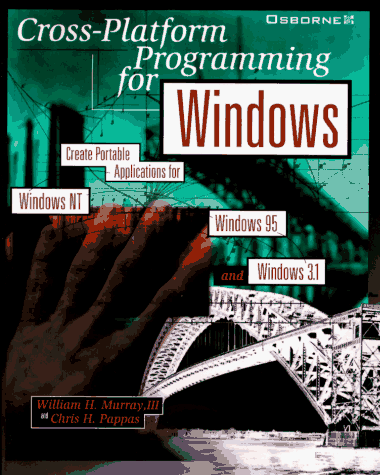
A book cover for Cross-Platform Programming for Windows; William H. Murray; Computers & Technology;